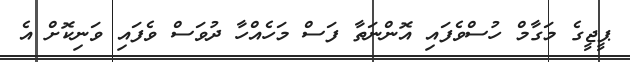
ޕީޖީގެ މަގާމް ހުސްވެފައި އޮންނަތާ ފަސް މަހެއްހާ ދުވަސް ވެފައި ވަނިކޮށް އެ